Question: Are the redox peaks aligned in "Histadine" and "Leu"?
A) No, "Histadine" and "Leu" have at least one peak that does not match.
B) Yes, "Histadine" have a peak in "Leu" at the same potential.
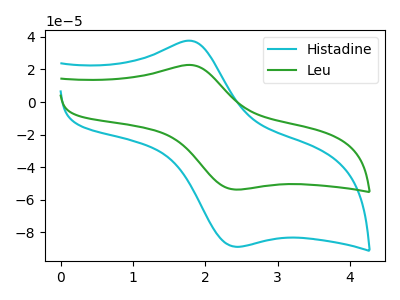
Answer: <think>The cyan curve "Histadine" has an anodic peak at (1.85V, 37.35uA) and a cathodic peak at (2.40V, -88.75uA). The green curve "Leu" has an anodic peak at (1.85V, 22.60uA) and a cathodic peak at (2.40V, -53.65uA).</think>
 <answer>B) Yes, "Histadine" have a peak in "Leu" at the same potential.</answer>
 <eval>B</eval>